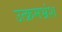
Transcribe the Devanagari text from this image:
उत्क्रमभ्रंश